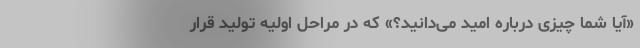
«آیا شما چیزی درباره امید می‌دانید؟» که در مراحل اولیه تولید قرار